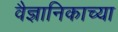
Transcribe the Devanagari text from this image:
वैज्ञानिकाच्या